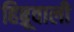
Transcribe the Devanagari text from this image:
हिब्रूवाली